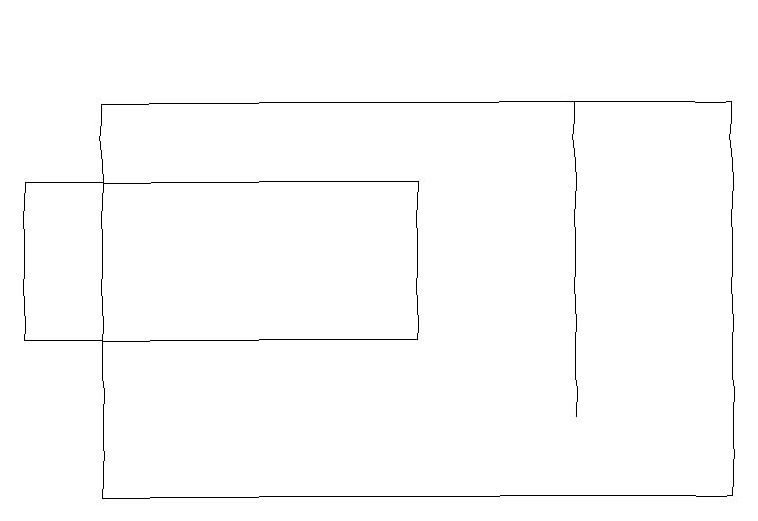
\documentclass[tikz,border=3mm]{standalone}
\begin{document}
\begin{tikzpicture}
\draw (7,16) rectangle (7,12);
\draw (7,17) rectangle (7,17);
\draw (5,13) rectangle (0,15);
\draw (1,16) rectangle (9,11);
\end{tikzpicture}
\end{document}